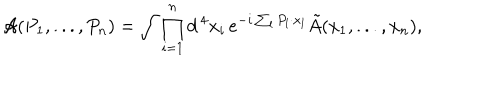
{ \cal A } ( P _ { 1 } , . . . , P _ { n } ) = \int \prod _ { i = 1 } ^ { n } d ^ { \, 4 } x _ { i } \, e ^ { - i \sum _ { l } P _ { l } \cdot x _ { l } } \tilde { A } ( x _ { 1 } , . . . , x _ { n } ) ,